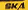
SKA